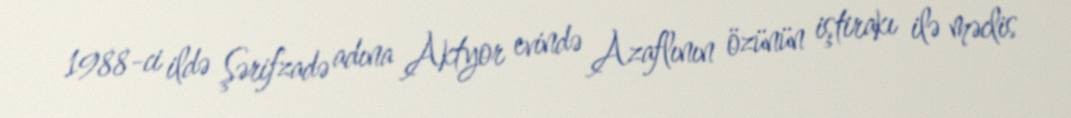
1988-ci ildə Şərifzadə adına Aktyor evində Azaflının özünün iştirakı ilə məclis